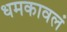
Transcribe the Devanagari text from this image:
धमकावलं